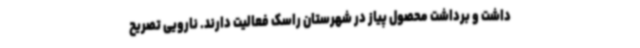
داشت و برداشت محصول پیاز در شهرستان راسک فعالیت دارند. نارویی تصریح